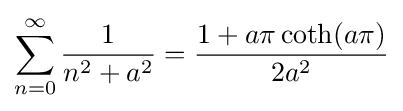
\sum _{n=0}^{\infty }{\frac {1}{n^{2}+a^{2}}}={\frac {1+a\pi \coth(a\pi )}{2a^{2}}}